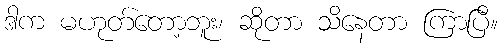
ဒါက မဟုတ်တော့ဘူး၊ ဆိုတာ သိနေတာ ကြာပြီ။